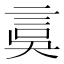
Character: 𧦂